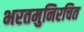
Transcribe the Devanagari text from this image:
भरतमुनिरचित